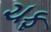
ચફ